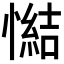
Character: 𢢂